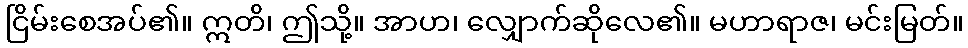
ငြိမ်းစေအပ်၏။ ဣတိ၊ ဤသို့။ အာဟ၊ လျှောက်ဆိုလေ၏။ မဟာရာဇ၊ မင်းမြတ်။